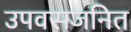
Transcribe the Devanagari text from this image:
उपवसजनित